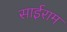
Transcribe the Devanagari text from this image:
साईराम